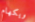
ويكهام